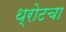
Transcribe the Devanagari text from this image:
थ्रोटचा